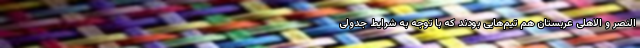
النصر و الاهلی عربستان هم تیم‌هایی بودند که با توجه به شرایط جدولی